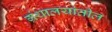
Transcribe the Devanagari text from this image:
ग्रंथालयांतील